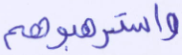
واسترهبوهم